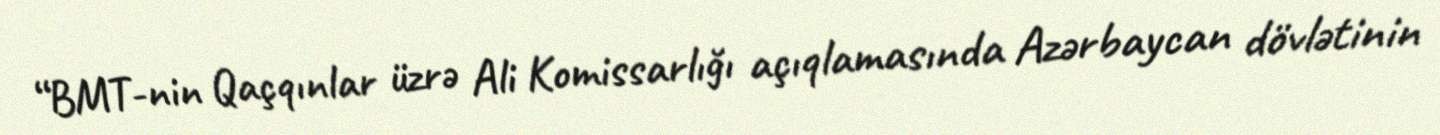
“BMT-nin Qaçqınlar üzrə Ali Komissarlığı açıqlamasında Azərbaycan dövlətinin